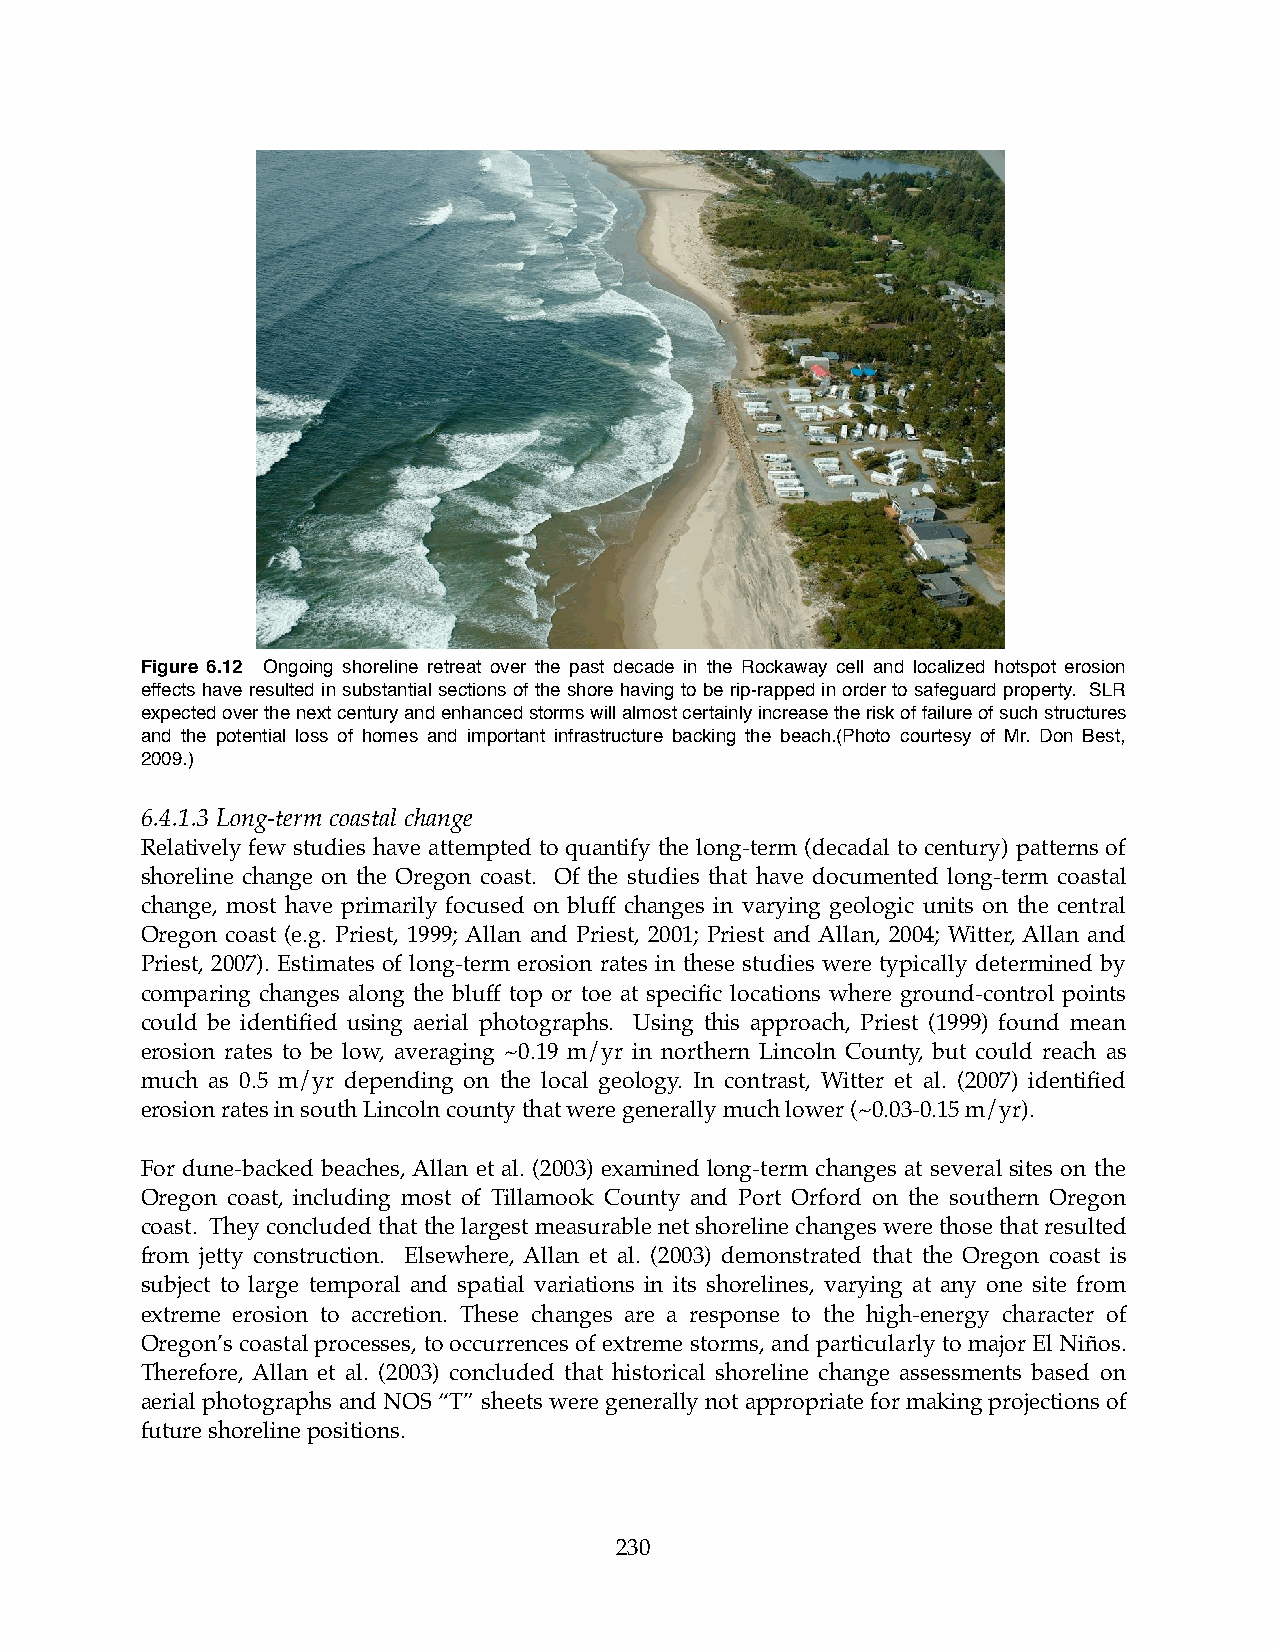
Figure 6.12 Ongoing shoreline retreat over the past decade in the Rockaway cell and localized hotspot erosion
 effects have resulted in substantial sections of the shore having to be rip-rapped in order to safeguard property. SLR
 expected over the next century and enhanced storms will almost certainly increase the risk of failure of such structures
 and the potential loss of homes and important infrastructure backing the beach.(Photo courtesy of Mr. Don Best,
 2009.)
 6.4.1.3 Long-term coastal change
 Relatively few studies have attempted to quantify the long-term (decadal to century) patterns of
 shoreline change on the Oregon coast. Of the studies that have documented long-term coastal
 change, most have primarily focused on bluff changes in varying geologic units on the central
 Oregon coast (e.g. Priest, 1999; Allan and Priest, 2001; Priest and Allan, 2004; Witter, Allan and
 Priest, 2007). Estimates of long-term erosion rates in these studies were typically determined by
 comparing changes along the bluff top or toe at specific locations where ground-control points
 could be identified using aerial photographs. Using this approach, Priest (1999) found mean
 erosion rates to be low, averaging ~0.19 m/yr in northern Lincoln County, but could reach as
 much as 0.5 m/yr depending on the local geology. In contrast, Witter et al. (2007) identified
 erosion rates in south Lincoln county that were generally much lower (~0.03-0.15 m/yr).
 For dune-backed beaches, Allan et al. (2003) examined long-term changes at several sites on the
 Oregon coast, including most of Tillamook County and Port Orford on the southern Oregon
 coast. They concluded that the largest measurable net shoreline changes were those that resulted
 from jetty construction. Elsewhere, Allan et al. (2003) demonstrated that the Oregon coast is
 subject to large temporal and spatial variations in its shorelines, varying at any one site from
 extreme erosion to accretion. These changes are a response to the high-energy character of
 Oregon’s coastal processes, to occurrences of extreme storms, and particularly to major El Niños.
 Therefore, Allan et al. (2003) concluded that historical shoreline change assessments based on
 aerial photographs and NOS “T” sheets were generally not appropriate for making projections of
 future shoreline positions.
 230